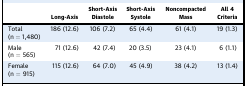
|  | Long-Axis | Short-Axis Diastole | Short-Axis Systole | Noncompacted Mass | All 4 Criteria |
 | --- | --- | --- | --- | --- | --- |
 | Total(n = 1,480) | 186 (12.6) | 106 (7.2) | 65 (4.4) | 61 (4.1) | 19 (1.3) |
 | Male(n = 565) | 71 (12.6) | 42 (7.4) | 20 (3.5) | 23 (4.1) | 6 (1.1) |
 | Female(n = 915) | 115 (12.6) | 64 (7.0) | 45 (4.9) | 38 (4.2) | 13 (1.4) |